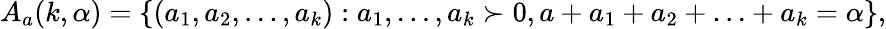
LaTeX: A_{a}(k,\alpha)=\{ (a_{1},a_{2},\ldots,a_{k}):a_{1},\ldots,a_{k}\succ 0,a+a_{1}+a_{2}+\ldots+a_{k}=\alpha\} ,